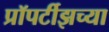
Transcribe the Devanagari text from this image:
प्रॉपर्टीझच्या